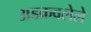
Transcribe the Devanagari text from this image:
अडकवलेले